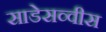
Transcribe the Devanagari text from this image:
साडेसव्वीस